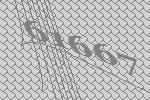
61667